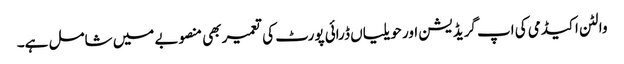
والٹن اکیڈمی کی اپ گریڈیشن اور حویلیاں ڈرائی پورٹ کی تعمیر بھی منصوبے میں شامل ہے۔